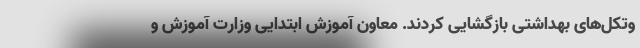
وتکل‌های بهداشتی بازگشایی کردند. معاون آموزش ابتدایی وزارت آموزش و